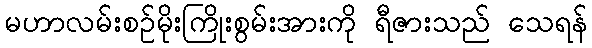
မဟာလမ်းစဉ်မိုးကြိုးစွမ်းအားကို ရီဇားသည် သေရန်